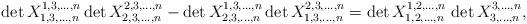
LaTeX: \begin{align*}\det X^{1,3,\ldots,n}_{1,3,\ldots,n}\det X^{2,3,\ldots,n}_{2,3,\ldots,n}-\det X^{1,3,\ldots,n}_{2,3,\ldots,n}\det X^{2,3,\ldots,n}_{1,3,\ldots,n}=\det X^{1,2,\ldots,n}_{1,2,\ldots,n}\,\det X^{3,\ldots,n}_{3,\ldots,n}, \end{align*}